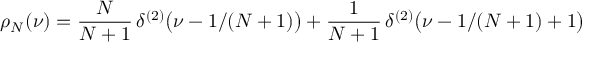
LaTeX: \rho _ { N } ( \nu ) = { \frac { N } { N + 1 } } \, \delta ^ { ( 2 ) } \bigl ( \nu - 1 / ( N + 1 ) \bigr ) + { \frac { 1 } { N + 1 } } \, \delta ^ { ( 2 ) } \bigl ( \nu - 1 / ( N + 1 ) + 1 \bigr )